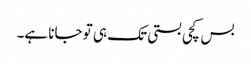
بس کچی بستی تک ہی تو جانا ہے۔